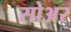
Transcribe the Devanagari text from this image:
सोअर